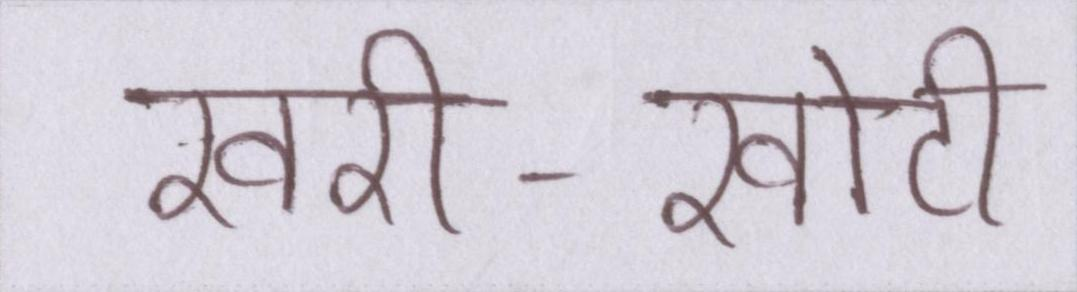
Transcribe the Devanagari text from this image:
खरी-खोटी